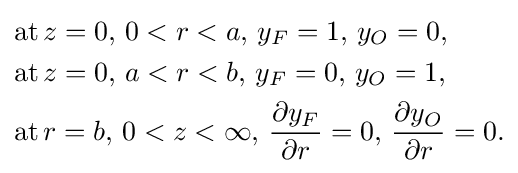
{\begin{aligned}{\text{at}}\,&z=0,\,0<r<a,\,y_{F}=1,\,y_{O}=0,\\{\text{at}}\,&z=0,\,a<r<b,\,y_{F}=0,\,y_{O}=1,\\{\text{at}}\,&r=b,\,0<z<\infty ,\,{\frac {\partial y_{F}}{\partial r}}=0,\,{\frac {\partial y_{O}}{\partial r}}=0.\end{aligned}}